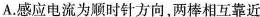
A.感应电流为顺时针方向，两棒相互靠近